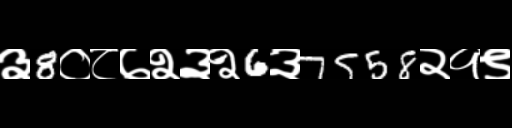
Text: ३8०८७२३२6३7558२१९